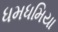
ધમધમિયા